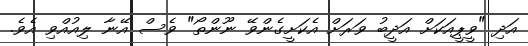
އަދި "ވީޕީއަކަށް އަދީބު ވަރަށް އެކަށީގެންވޭ ނޫންތޯ" ވެސް އޭނާ ލިއުއްވި އެވެ.